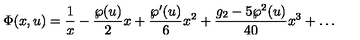
\Phi ( x , u ) = { \frac { 1 } { x } } - { \frac { \wp ( u ) } { 2 } } x + { \frac { \wp ^ { \prime } ( u ) } { 6 } } x ^ { 2 } + { \frac { g _ { 2 } - 5 \wp ^ { 2 } ( u ) } { 4 0 } } x ^ { 3 } + \ldots